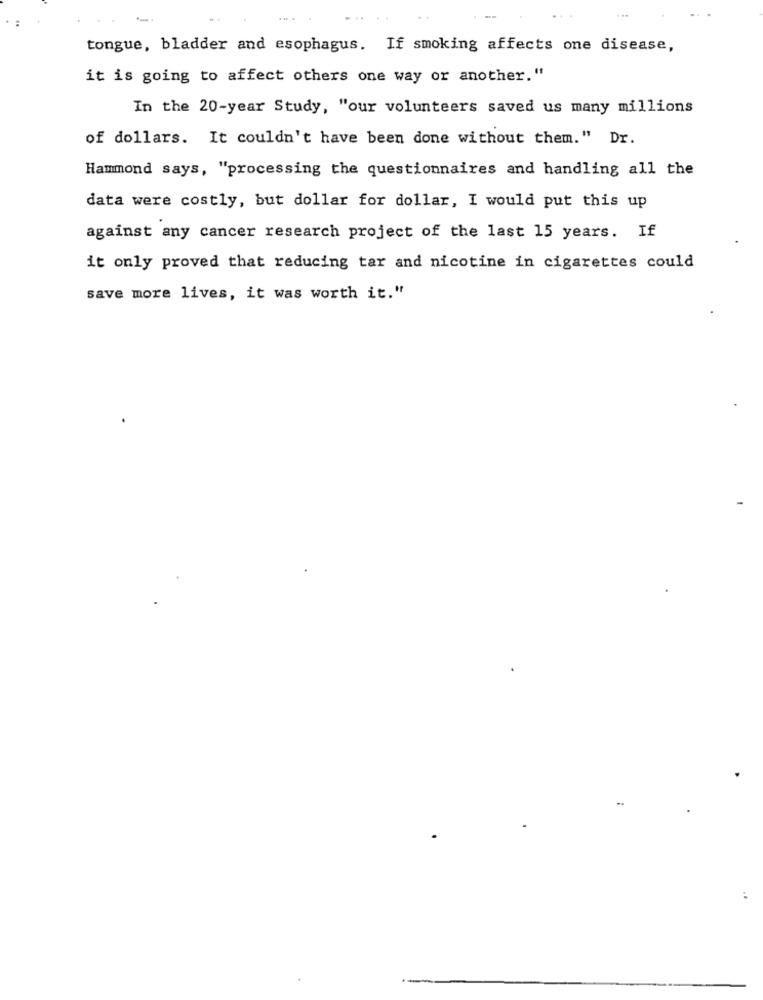
tongue, bladder and esophagus. If smoking affects one disease,
it is going to affect others one way or another. "
In the 20-year Study, "our volunteers saved us many millions
of dollars. It couldn't have been done without them." Dr.
Hammond says, "processing the questionnaires and handling all the
data were costly, but dollar for dollar, I would put this up
against any cancer research project of the last 15 years. If
it only proved that reducing tar and nicotine in cigarettes could
save more lives, it was worth it."